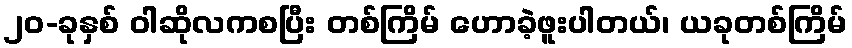
၂၀-ခုနှစ် ဝါဆိုလကစပြီး တစ်ကြိမ် ဟောခဲ့ဖူးပါတယ်၊ ယခုတစ်ကြိမ်